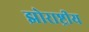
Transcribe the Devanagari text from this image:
झोराष्ट्रीय